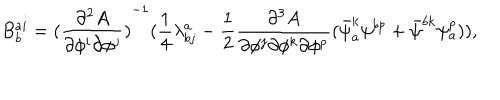
B _ { b } ^ { a i } = { ( \frac { \partial ^ { 2 } A } { \partial \phi ^ { i } \partial \phi ^ { j } } ) } ^ { - 1 } ( \frac { 1 } { 4 } \lambda _ { b j } ^ { a } - \frac { 1 } { 2 } \frac { \partial ^ { 3 } A } { \partial \phi ^ { j } \partial \phi ^ { k } \partial \phi ^ { p } } ( \bar { \psi } _ { a } ^ { k } \psi ^ { b p } + \bar { \psi } ^ { b k } \psi _ { a } ^ { p } ) ) ,